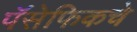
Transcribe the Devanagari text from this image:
पॅसेफिकचे